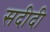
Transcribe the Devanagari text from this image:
सदीदी